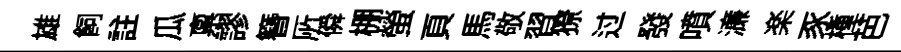
雄飼註瓜禀謬簪𠩄僢棚螢頁馬敬習獠过發噴濓楽豕㮔芭